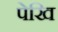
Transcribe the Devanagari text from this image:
पेखि